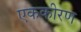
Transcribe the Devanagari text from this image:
एककीरण